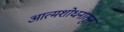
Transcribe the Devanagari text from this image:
आत्मशोधनातून